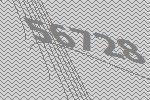
56728